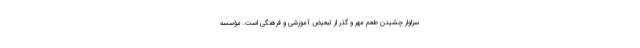
سزاوار چشیدنِ طعمِ مهر و گذر از تبعیضِ آموزشی و فرهنگی است. مؤسسه